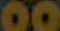
00